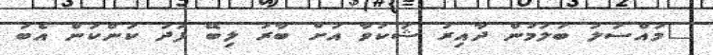
"މައްސަލަ ބަލަމުން ދާއިރު ޝަކުވާ އަށް ބާރު ލިބޭ ފަދަ ކަންކަން އެބަ